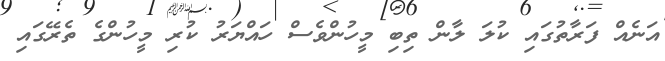
އަނެއް ފަރާތުގައި ކުލަ ލާން ތިބި މީހުންވެސް ހައްޔަރު ކުރި މީހުންގެ ތެރޭގައި